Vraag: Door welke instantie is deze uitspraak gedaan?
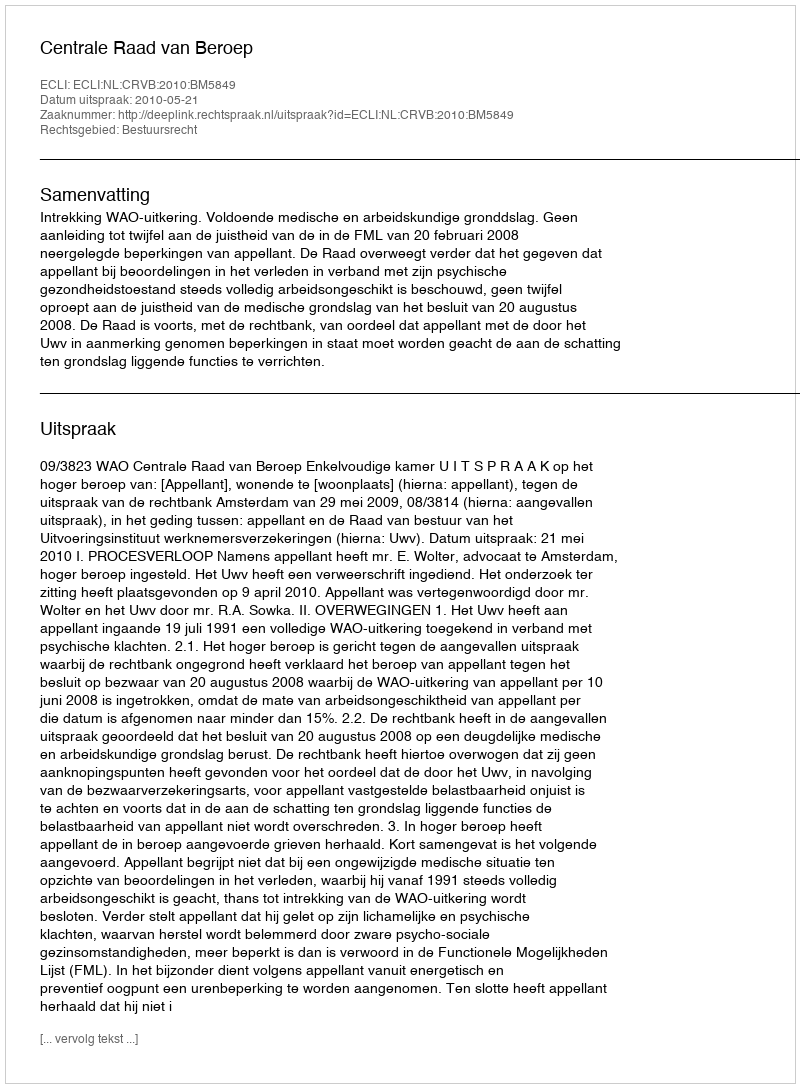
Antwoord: Centrale Raad van Beroep